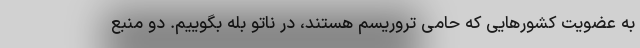
به عضویت کشورهایی که حامی تروریسم هستند، در ناتو بله بگوییم. دو منبع